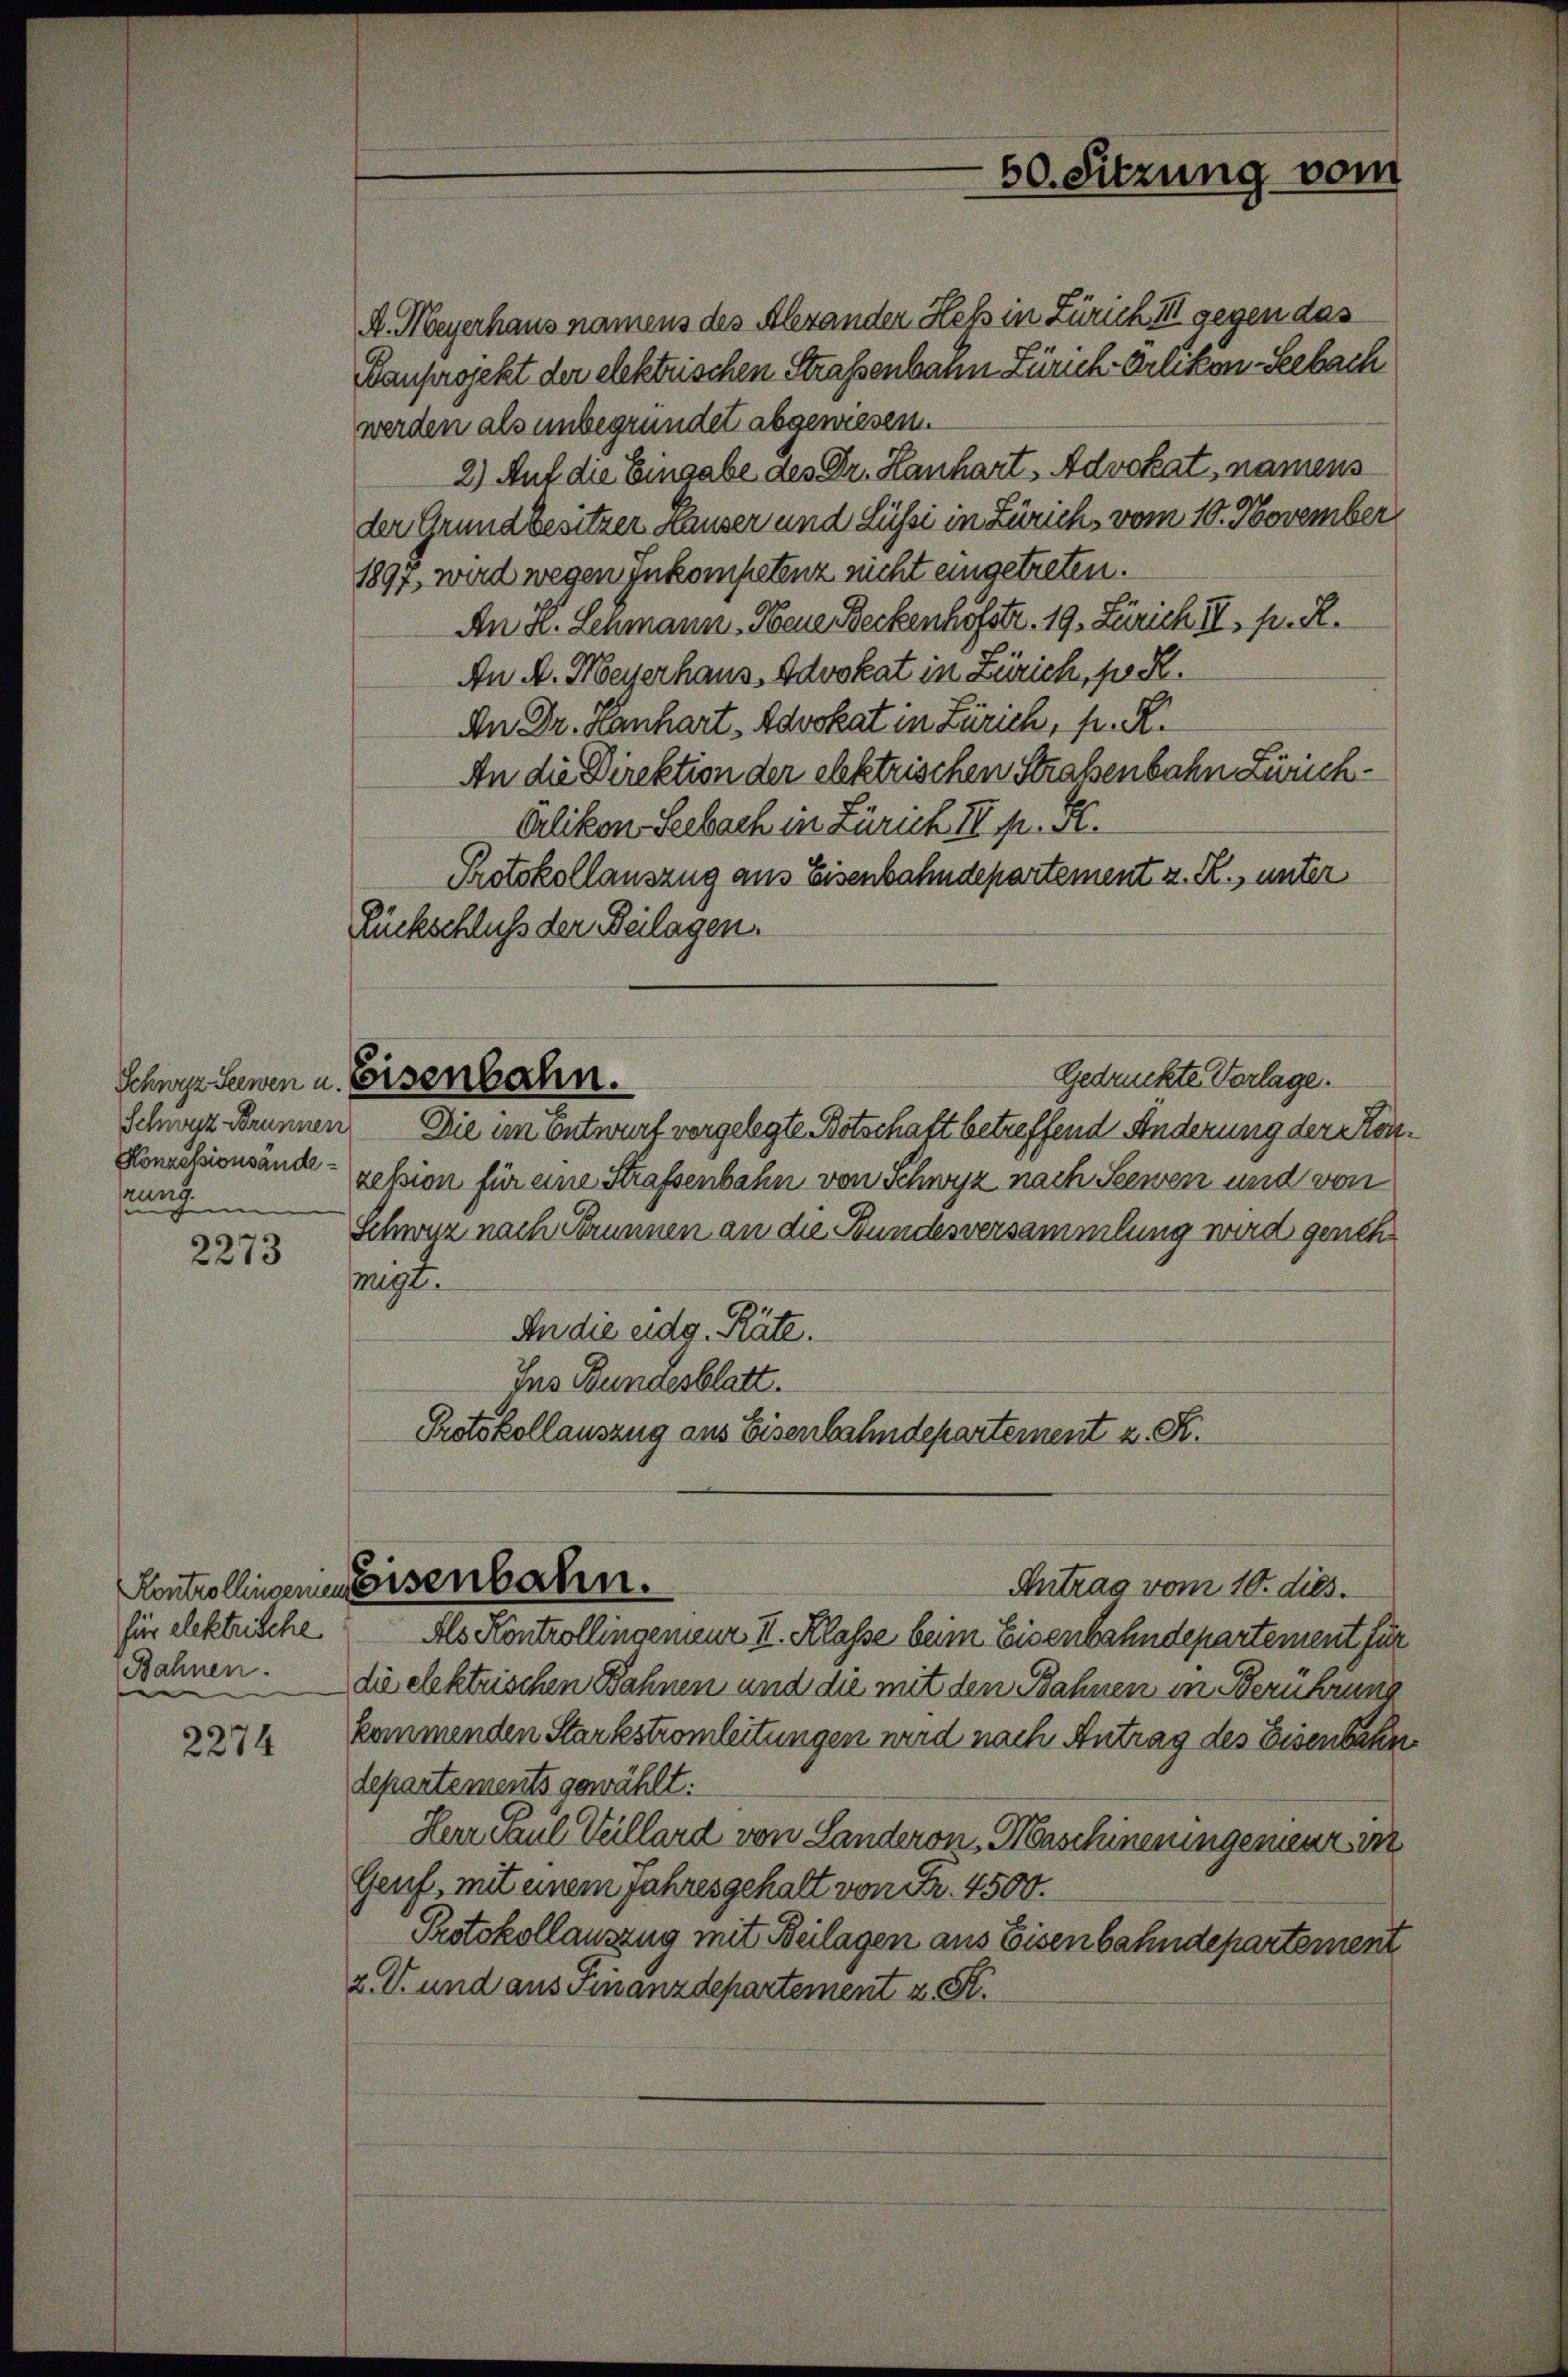
Schweiz Brunnen
unz

2273

2274

für elektrische

A. Meyerhaus namens des Alexander Hess in Zürich III gegen das
Kauprojekt der elektrischen Straßenbann Zürich Erlikon-Seebach
werden als unbegründet abgewiesen.
2.) Auf die Eingabe des Dr. Hanhart, Advokat, namens
der Grundbesitzer Hauser und Lüssi in Zürich, vom 10. November
1897, wird wegen Inkompetenz nicht eingetreten.
An H. Schmann - Neue Beckenhofstr. 19. Zürich II p. R.
An A. Meyerhaus, Advokat in Zürich, po R.
An Dr. Hanhart - Novokat in Zürich, fr. R.
An die Direktion der elektrischen Straßenbahn Zürich¬
Clikon Seebach in Zürich II p. F.
Protokollauszug aus Eisenbahndepartement z. R., unter
Rückschluß der Beilagen.
Gedrückte Vorlage.
Schwyz seinen u. Eisenbahn.
Die im Entwurf vorgelegte Botschaft betreffend Änderung der Kan¬
Kommissionsände session für eine Strafsenbahn von Schwyz nach Seewen und von
Schwur nach Brunnen an die Bundesversammlung wird genehmigt.
An die eidg. Räte.
Ins Bundesblatt.
Protokollauszug aus Eisenbahndepartement z. R.

Kontrollingenen Eisenbahn.

60. Sitzung vom

Antrag vom 10. dies.

Als Kontrollingenieur II. Klasse beim Eisenbahndepartement für
Bahnen. die elektrischen Bahnen und die mit den Bahnen in Berührung
kommenden Starkstromleitungen wird nach Antrag des Eisenbahn
departements gewählt:
Herr Paul Veillard von Landeron, Herschineningenieur in
Genf, mit einem Jahresgehalt von Fr. 4500.
Protokollauszug mit Beilagen aus Eisenbahndepartement
2. V. und aus Finanzdepartement z. St.